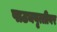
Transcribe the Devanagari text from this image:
पाठ्यवृत्तीवर